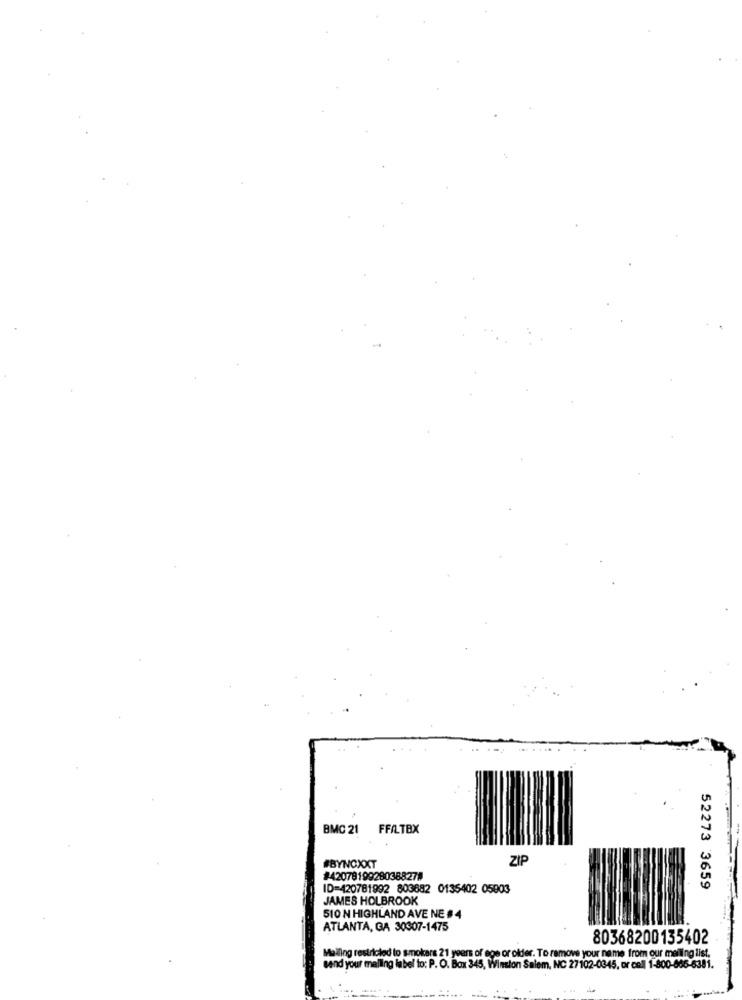
BMC 21 FFILTEX
#BYNOXXT
ZIF
#4207919928038827#
ID=420781992 803682 0135402 05903
52273 3659
JAMES HOLBROOK
510 N HIGHLAND AVE NE #4
ATLANTA, GA 30307-1475
80368200135402
Maling restricted to smokers 21 years of ege or older. To remove your name from our mailing list.
send your melling label to: P. O. Box 345, Winston Salem, NC 27102-0345, or cell 1-800-866-6381.